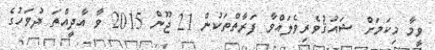
ވީމާ މިކަމަށް ޝައުޤުވެރިވެލައްވާ ފަރާތްތަކުން 21 ޖޫން 2015 ވާ އާދީއްތަ ދުވަހުގެ